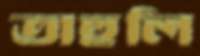
তাহুলি